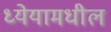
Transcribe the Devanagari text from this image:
ध्येयामधील